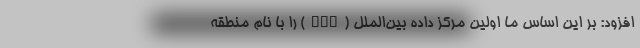
افزود: بر این اساس ما اولین مرکز داده بین‌الملل (ixp) را با نام منطقه